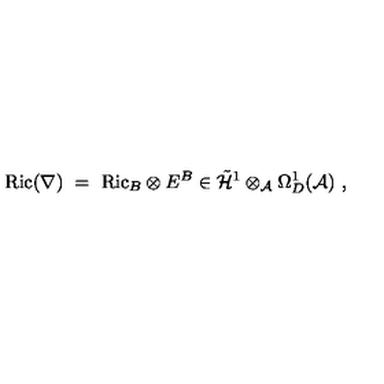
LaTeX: \mathrm { R i c } ( \nabla ) \ = \ \mathrm { R i c } _ { B } \otimes E ^ { B } \in \tilde { { \mathcal H } } ^ { 1 } \otimes _ { { \mathcal A } } \Omega _ { D } ^ { 1 } ( { \mathcal A } ) \ ,